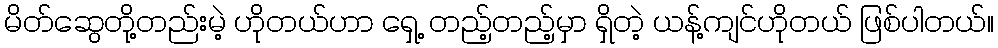
မိတ်ဆွေတို့တည်းမဲ့ ဟိုတယ်ဟာ ရှေ့ တည့်တည့်မှာ ရှိတဲ့ ယန့်ကျင်ဟိုတယ် ဖြစ်ပါတယ်။